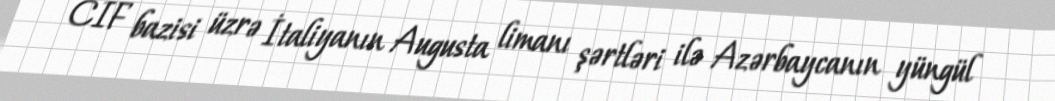
CIF bazisi üzrə İtaliyanın Augusta limanı şərtləri ilə Azərbaycanın yüngül